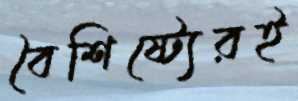
বৈশিষ্ট্যেরই